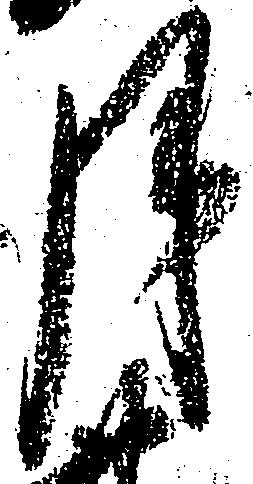
月